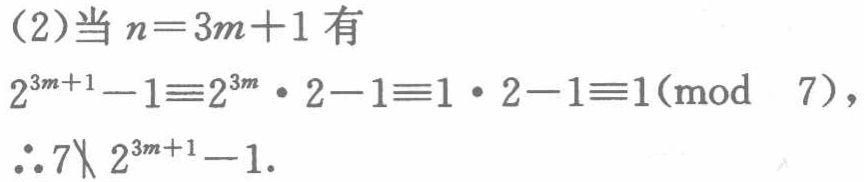
（2）当 \(n = 3m + 1\) 有

\[

2^{3m + 1}-1\equiv2^{3m}\cdot 2 - 1\equiv1\cdot 2 - 1\equiv1\pmod{7},

\]

\(\therefore 7\nmid 2^{3m + 1}-1\).